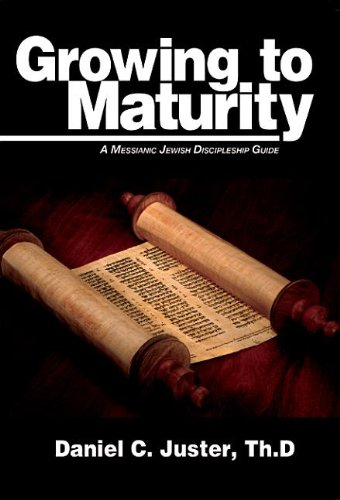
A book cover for Growing to Maturity: A Messianic Jewish Discipleship Guide; Daniel C. Juster; Christian Books & Bibles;